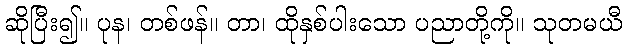
ဆိုပြီး၍။ ပုန၊ တစ်ဖန်။ တာ၊ ထိုနှစ်ပါးသော ပညာတို့ကို။ သုတမယီ